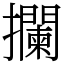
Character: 攔